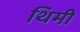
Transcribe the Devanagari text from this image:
थिमी